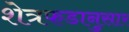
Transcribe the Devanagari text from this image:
शेत्रफडानुसार